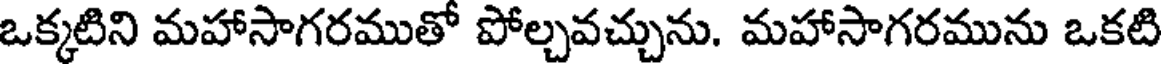
ఒక్కటిని మహాసాగరముతో పోల్చవచ్చును. మహాసాగరమును ఒకటి